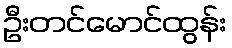
ဦးတင်မောင်ထွန်း